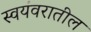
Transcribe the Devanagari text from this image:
स्वयंवरातील